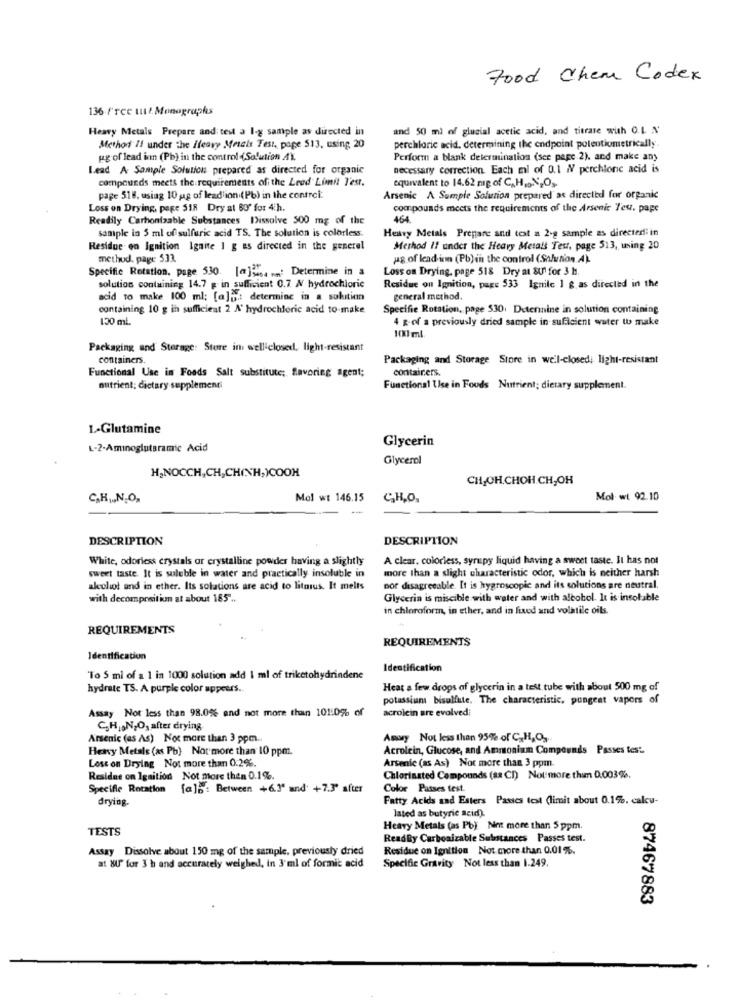
Food Chem Codex
136 free ut l. Monographs
Heavy Metals Prepare and test a l-g sample as directed in
and 50 ml of glucial acetic acid, and titrate with O.L. N
Method Il under the Heavy Motels Test, pape 513, using 20
perchloric acid. determining the endpoint potentiometrically
gg of lead inn (Pb) in the control (Solution AX,
Perform a blank determination (see page 2), and make any
Lead A Sample Solution prepared as directed for organic
necessary correction. Each ml of 0.1 / perchloric acid is
compounds meets the requirements off the Leed Limit T'est.
equivalent to 14.62 mg of C. H, N,O ,-
page 518, using 10 g of lead'ion (Pb) in the contrci:
Arsenic A Sample Solution prepared as directed for organic
Loss on Drying, page 518 Dry at 80" for 4h.
compounds meets the requirements of the Arsenic Teu, pape
Readily Carbonizable Substances Dissolve 500 mg of the
464.
sample in 5 ml of sulfuric acid TS. The solution is colorless.
Heavy Metals Prepare and text a 2-g sample as directed; in
Residue en Ignition Ignite 1 g as directed in the generel
Method /7 under the Heavy Metals Test, page 513, using 20
method, page 533.
ug of lead inn (Pb) in the control (Solution.A)
Specific Rotation. page 530. [@]564 ...: Determine in a
Loss on Drying, page 518 Dry at SU for 3 h.
solution containing 14.7 g in sufficient 0.7 N hydrochloric
Residue ou Ignition, pag: 533 Ignite 1 g.as directed in the
acid to make 100 ml; [a]a .: determine in a sokition
general method.
containing 10 g in sufficient 2 A' hydrochloric acid to make
Specific Rotation, page 530. Detennine in solution containing
130 ml
4 g-of a previously dried sample in sufficient water to make
10ml
Packaging and Storage: Store in welliclosed, light-resistant
containers.
Packaging and Storage Store in weil-closed; light-resistant
Functional Use in Foods Salt substitute; favoring agent;
containers.
nutrient; dietary supplementi
Functional Use in Foods Nutrient; dietary supplement.
L-Glutamine
Glycerin
L-2-Aminoglutaramic Acid
Glycerol
H;NOCCH,CH,CH(NH,)COOH
CH,OH.CHOH.CH,OH
C.H .,, N.O,
Mol wt 146.15
C.H.O.
Mol wi 92.10
DESCRIPTION
DESCRIPTION
White, odorless crystals or crystalline powder having a slightly
A clear. colorless, syrupy liquid having a sweet taste. It has not
sweet taste. It is suleble in water and practically insoluble in
more than a slight characteristic odor, which is neither harsh
alcohol and in ether. Its solations are acid to litarus. It melts
por disagreeable. It is hygroscopic and its solutions are neutral.
with decompraitim at about 185" ..
Glycerin is miscible with water and with alcohol. It is insoluble
in chloroform, in ether, and in fixed and volatile oils.
REQUIREMENTS
REQUIREMENTS
Identification
Identification
To 5 ml of a 1 in 1000 solution add 1 ml of triketohydrindene
hydrate TS. A purple color appears.
Heat a few drops of glycerin in a test tube with about 500 mg of
potassium bisulfite. The characteristic, pungent vapors of
Assay Not less than 98.0% and not more than 101:0% of
acrolein are evolved;
C.HJ,N,O, after drying
Arsenic (as As) Not more than 3 ppm.
Amory Not less than 95% of C H,O,
Heavy Metals (as Pb) Not more than 10 ppm.
Acrolein, Glucose, and Ammonium Compounds Passes test.
Loss on Drying Not more than 0.2%.
Arsenic (as As) Not more than 3 ppm.
Residue on Ignition Not more then 0.1%.
Chlorinated Compounds (a2 CI) Not more tham 0.003%.
Specifle Rotation [a]> : Between +6.1' and' +7.3" after
Color Passes test.
drying.
Fatty Acids sad Esters Pauses test (limit about 0.1%. calcu-
lated as butyric acid).
TESTS
Heavy Metals (as Pb) Not more than 5 ppm.
ReadRy Carbonizable Substances Passes test.
Assay Dissolve about 150 mg of the sample, previously dried
Residue on Ignition Not more than 0.01%.
at &T" for 3 h and accurately weighed, in 3'ml of formic acid
Specific Gravity Not less than 1.249.
87467883